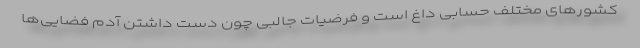
کشورهای مختلف حسابی داغ است و فرضیات جالبی چون دست داشتن آدم فضایی‌ها